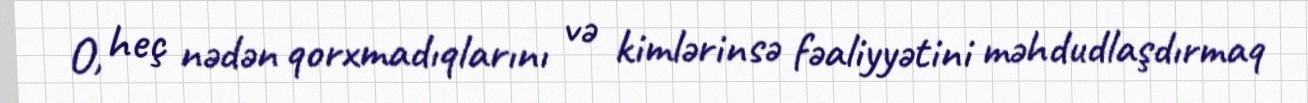
O, heç nədən qorxmadıqlarını və kimlərinsə fəaliyyətini məhdudlaşdırmaq